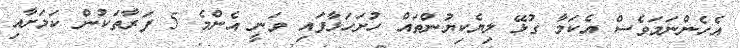
އެހެންނަމަވެސް އެކަމާ ގުޅޭ ލިޔެކިޔުންތައް ހުށަހަޅާފައި ވަނީ އެންމެ 5 ފަރާތަކުން ކަމަށާއި